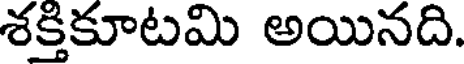
శక్తికూటమి అయినది.